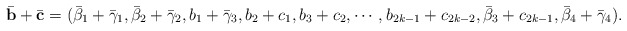
\begin{align*}\bar{\mathbf{b}}+\bar{\mathbf{c}}=(\bar{\beta}_1+\bar{\gamma}_1,\bar{\beta}_2+\bar{\gamma}_2,b_1+\bar{\gamma}_3,b_2+c_1,b_3+c_2,\cdots,b_{2k-1}+c_{2k-2},\bar{\beta}_3+c_{2k-1},\bar{\beta}_4+\bar{\gamma}_4).\end{align*}